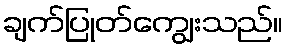
ချက်ပြုတ်ကျွေးသည်။